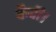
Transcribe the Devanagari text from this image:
कैदी।